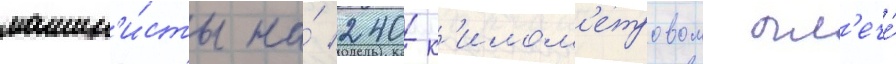
машин'и́сты на́ 240-к'илом'етровом пл'ече́